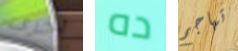
أخرى ده تهاجم